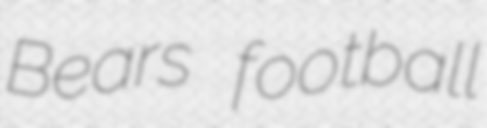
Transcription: Bears football